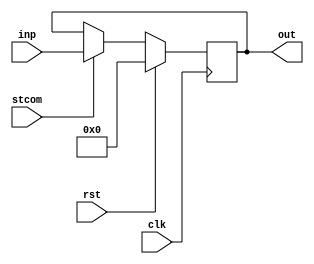
module store16_6 (
    input clk,
    input rst,
    input stcom,
    input [15:0] inp,
    output reg [15:0] out
  );
  
  
  
  reg [15:0] M_register_1_d, M_register_1_q = 1'h0;
  
  always @* begin
    M_register_1_d = M_register_1_q;
    
    if (stcom) begin
      M_register_1_d = inp;
    end
    out = M_register_1_q;
  end
  
  always @(posedge clk) begin
    if (rst == 1'b1) begin
      M_register_1_q <= 1'h0;
    end else begin
      M_register_1_q <= M_register_1_d;
    end
  end
  
endmodule